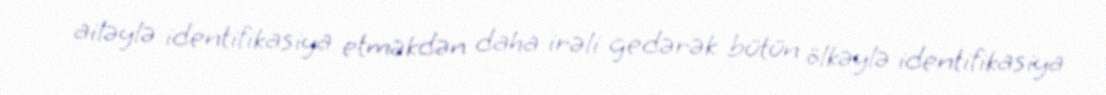
ailəylə identifikasiya etməkdən daha irəli gedərək bütün ölkəylə identifikasiya